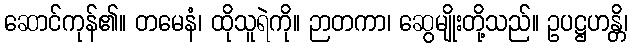
ဆောင်ကုန်၏။ တမေနံ၊ ထိုသူရဲကို။ ဉာတကာ၊ ဆွေမျိုးတို့သည်။ ဥပဋ္ဌဟန္တိ၊